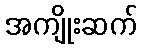
အကျိုးဆက်